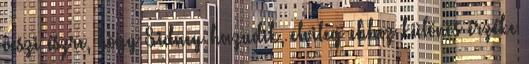
veszi észre, hogy Sidney hazudik, elvileg ehhez különös érzéke